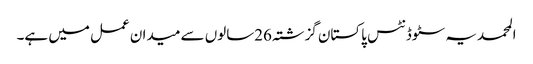
المحمدیہ سٹوڈنٹس پاکستان گزشتہ 26سالوں سے میدان عمل میں ہے۔